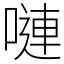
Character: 嗹